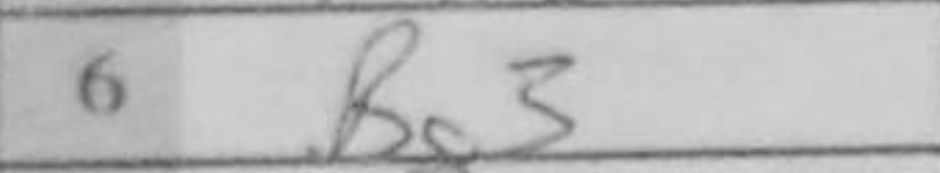
Transcription: Bg3